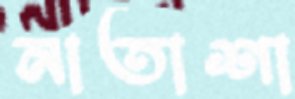
নাতাশা